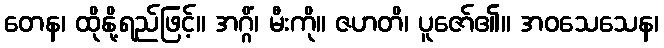
တေန၊ ထိုနို့ရည်ဖြင့်။ အဂ္ဂိံ၊ မီးကို။ ဇဟတိ၊ ပူဇော်၏။ အဝသေသေန၊